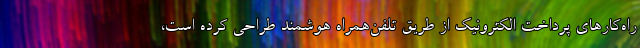
راه‌کارهای پرداخت الکترونیک از طریق تلفن‌همراه هوشمند طراحی کرده است،